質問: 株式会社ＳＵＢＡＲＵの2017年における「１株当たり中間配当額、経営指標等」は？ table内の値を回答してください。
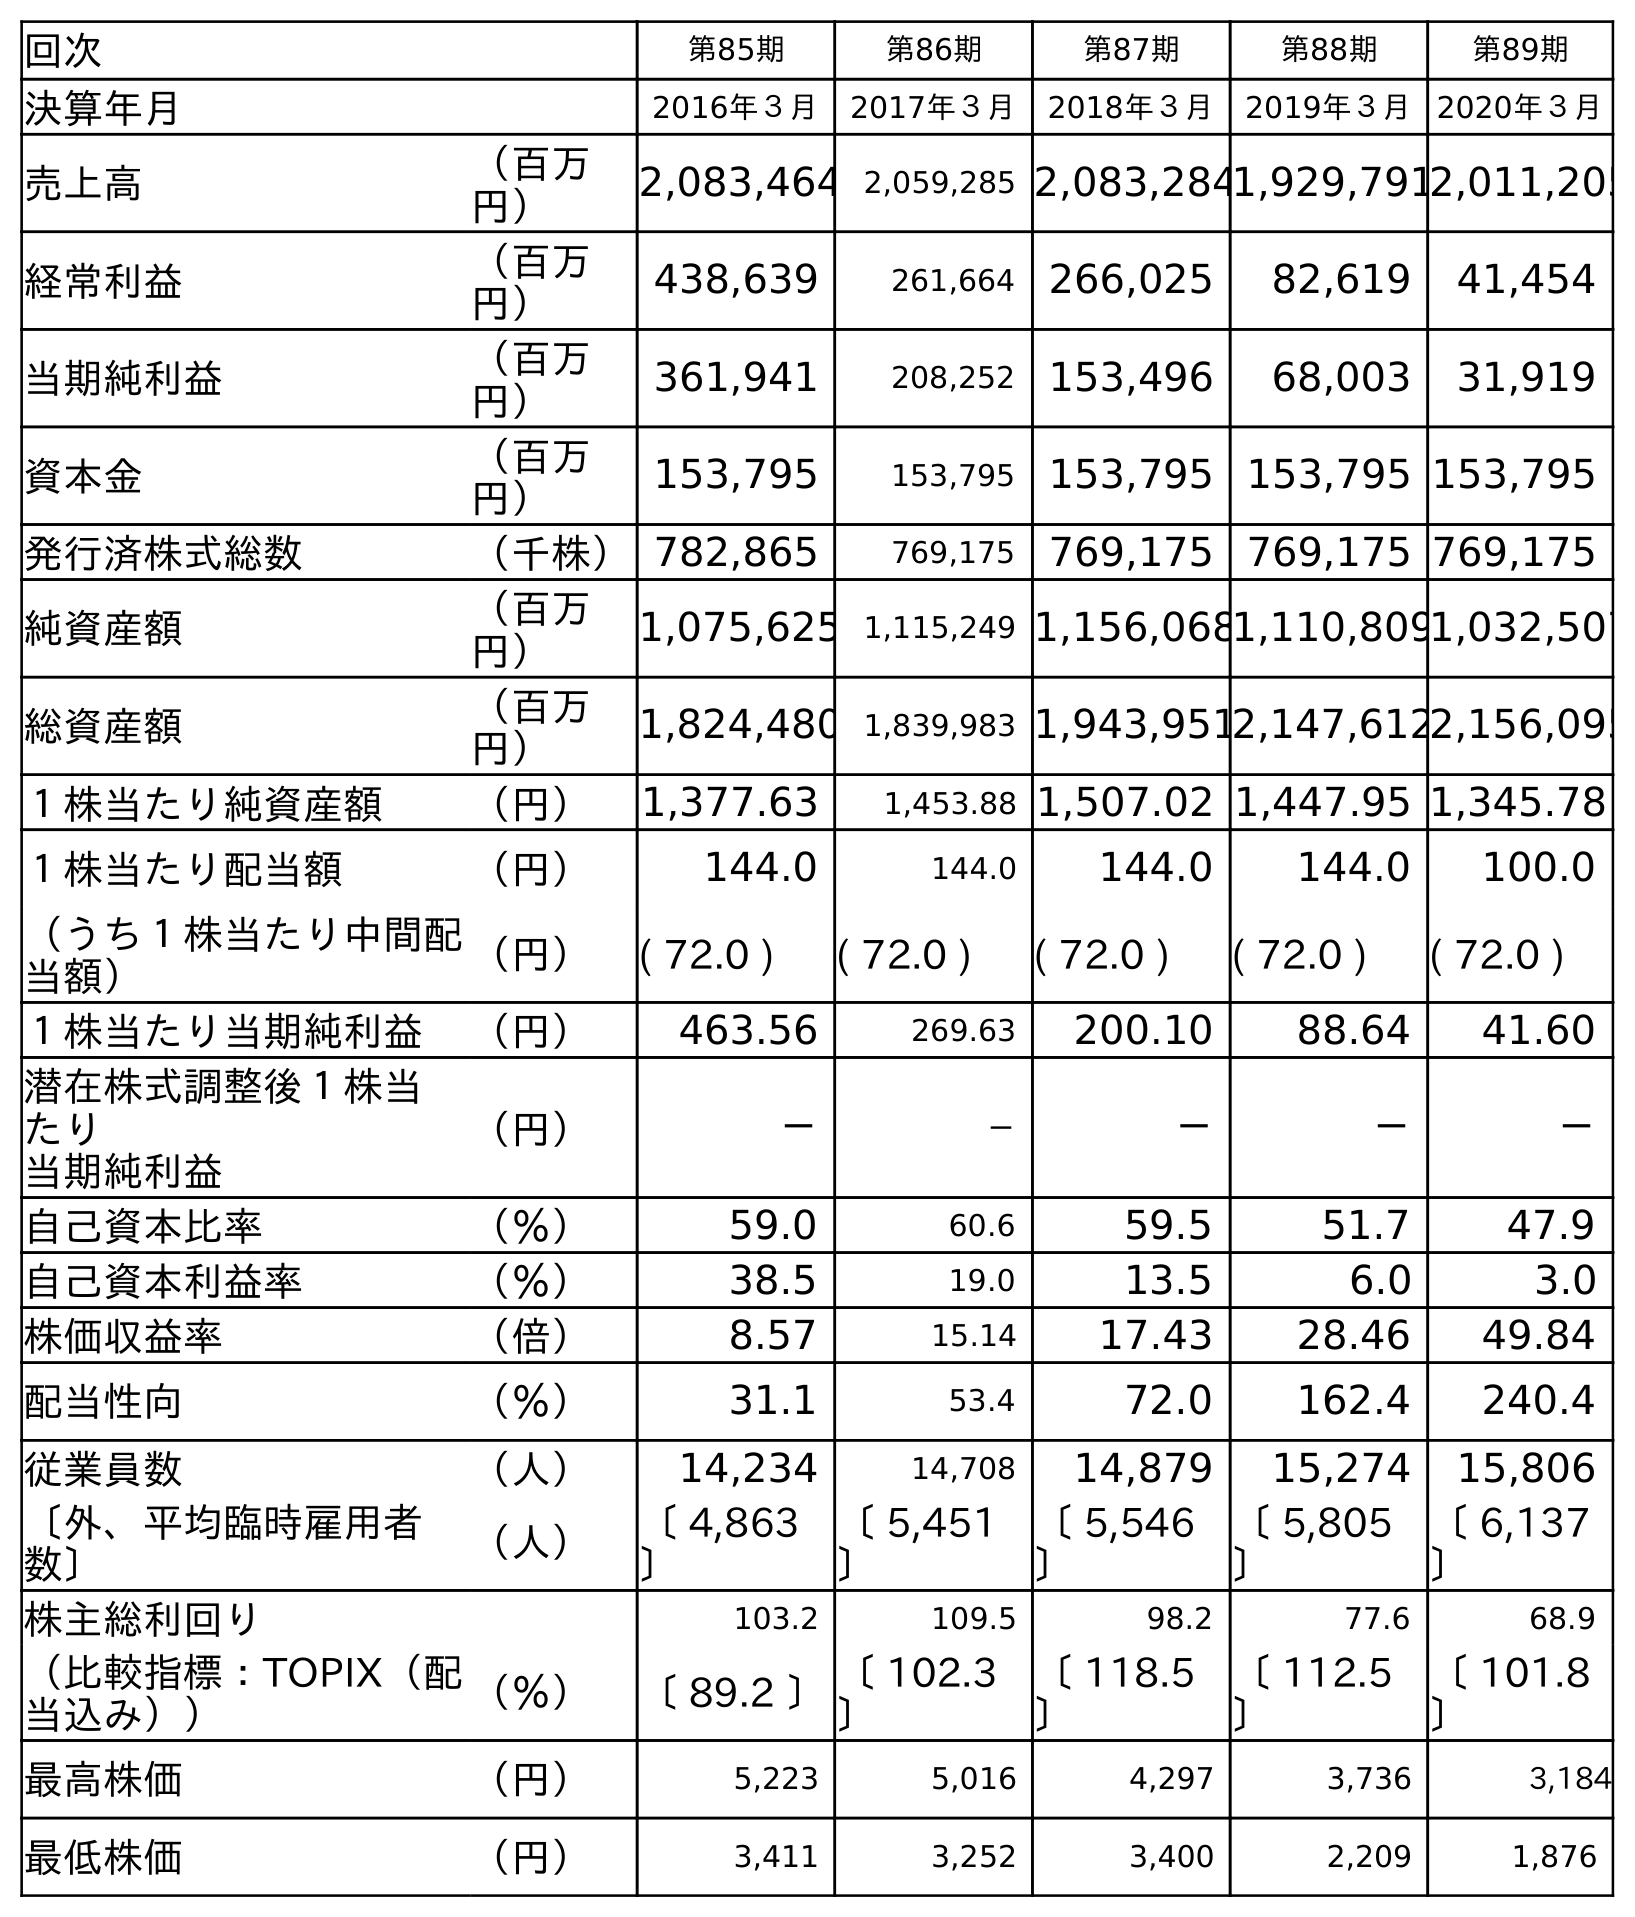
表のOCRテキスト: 回次 第85期 第86期 第87期 第88期 第89期 決算年月 2016年３月 2017年３月 2018年３月 2019年３月 2020年３月 売上高 （百万 円） 2,083,464 2,059,285 2,083,2841,929,7912,011,205 経常利益 （百万 円） 438,639 261,664 266,025 82,619 41,454 当期純利益 （百万 円） 361,941 208,252 153,496 68,003 31,919 資本金 （百万 円） 153,795 153,795 153,795 153,795 153,795 発行済株式総数 （千株）782,865 769,175 769,175 769,175 769,175 純資産額 （百万 円） 1,075,625 1,115,249 1,156,0681,110,8091,032,507 総資産額 （百万 円） 1,824,480 1,839,983 1,943,9512,147,6122,156,095 １株当たり純資産額 （円） 1,377.63 1,453.88 1,507.02 1,447.95 1,345.78 １株当たり配当額 （円） 144.0 144.0 144.0 144.0 100.0 （うち１株当たり中間配 当額） （円） ( 72.0 ) ( 72.0 ) ( 72.0 ) ( 72.0 ) ( 72.0 ) １株当たり当期純利益 （円） 463.56 269.63 200.10 88.64 41.60 潜在株式調整後１株当 たり 当期純利益 （円） － － － － － 自己資本比率 （％） 59.0 60.6 59.5 51.7 47.9 自己資本利益率 （％） 38.5 19.0 13.5 6.0 3.0 株価収益率 （倍） 8.57 15.14 17.43 28.46 49.84 配当性向 （％） 31.1 53.4 72.0 162.4 240.4 従業員数 （人） 14,234 14,708 14,879 15,274 15,806 〔外、平均臨時雇用者 数〕 （人） 〔 4,863 〕 〔 5,451 〕 〔 5,546 〕 〔 5,805 〕 〔 6,137 〕 株主総利回り 103.2 109.5 98.2 77.6 68.9 （比較指標：TOPIX（配 当込み）） （％） 〔 89.2 〕〔 102.3 〕 〔 118.5 〕 〔 112.5 〕 〔 101.8 〕 最高株価 （円） 5,223 5,016 4,297 3,736 3,184 最低株価 （円） 3,411 3,252 3,400 2,209 1,876
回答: (72.0)